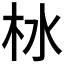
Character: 𪱹